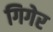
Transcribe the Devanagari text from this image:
गिगेर